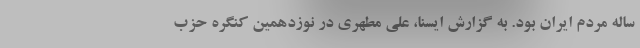
ساله مردم ایران بود. به گزارش ایسنا، علی مطهری در نوزدهمین کنگره حزب